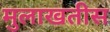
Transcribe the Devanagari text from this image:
मुलाखतीस